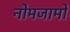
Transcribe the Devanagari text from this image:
नोमजामो